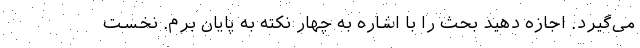
می‌گیرد. اجازه دهید بحث را با اشاره به چهار نکته به پایان برم. نخست